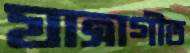
যাত্রাগীত